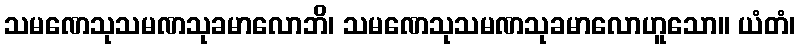
သမဏေသုသမဏသုခမာလောဘိ၊ သမဏေသုသမဏသုခမာလောဟူသော။ ယံတံ၊